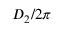
D _ { 2 } / 2 \pi